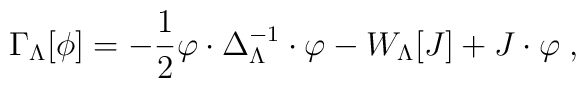
\Gamma_{\Lambda}[\phi]=-\frac{1}{2}\varphi\cdot\Delta^{-1}_{\Lambda}\cdot\varphi - W_{\Lambda}[J] +J\cdot\varphi\;,